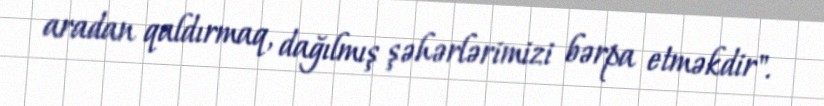
aradan qaldırmaq, dağılmış şəhərlərimizi bərpa etməkdir".